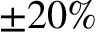
\pm 2 0 \%